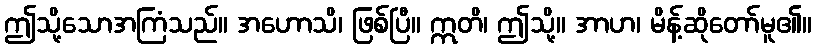
ဤသို့သောအကြံသည်။ အဟောသိ၊ ဖြစ်ပြီ။ ဣတိ၊ ဤသို့။ အာဟ၊ မိန့်ဆိုတော်မူ၏။